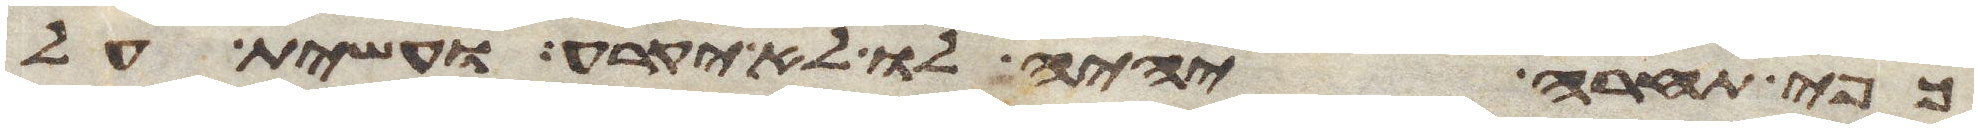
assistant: כפי תחרא יהיה לו לא יקרע ועשית על